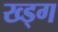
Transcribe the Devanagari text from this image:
ख्ड्ग